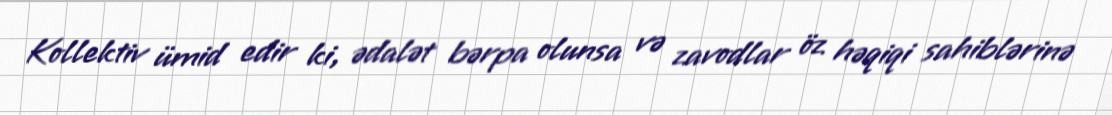
Kollektiv ümid edir ki, ədalət bərpa olunsa və zavodlar öz həqiqi sahiblərinə